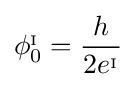
\phi _{0}^{_{\mathrm {I} }}={\frac {h}{2e^{_{\mathrm {I} }}}}